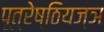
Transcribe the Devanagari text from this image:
पूत्रेष्ठियज्ञ